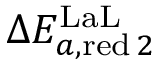
\Delta E _ { a , \mathrm { r e d } \, 2 } ^ { \mathrm { L a L } }